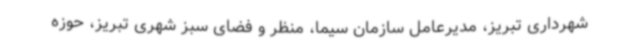
شهرداری تبریز، مدیرعامل سازمان سیما، منظر و فضای سبز شهری تبریز، حوزه